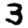
Digit: 3